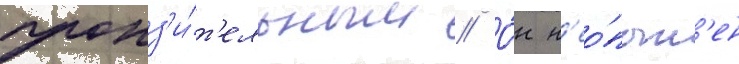
пронз'и́т'ельным // О́н н'ео́пыт'ен